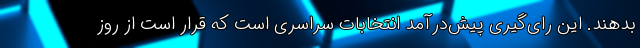
بدهند. این رای‌گیری پیش‌درآمد انتخابات سراسری است که قرار است از روز